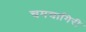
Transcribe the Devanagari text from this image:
चमचागिरी